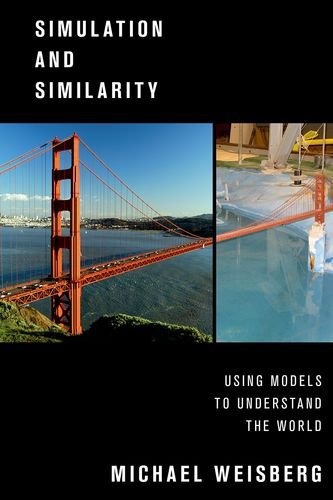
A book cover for Simulation and Similarity: Using Models to Understand the World (Oxford Studies in the Philosophy of Science); Michael Weisberg; Science & Math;